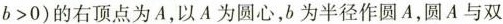
$$b>0$$)的右顶点为A，以A为圆心，b为半径作圆A，圆A与双